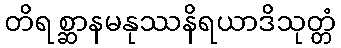
တိရစ္ဆာနမနုဿနိရယာဒိသုတ္တံ